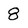
Character: 8